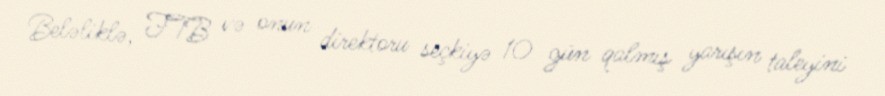
Beləliklə, FTB və onun direktoru seçkiyə 10 gün qalmış yarışın taleyini